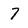
Character: 7